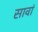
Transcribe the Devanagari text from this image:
सावां